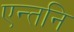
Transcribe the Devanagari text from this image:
एन्तनि